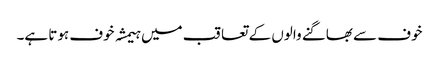
خوف سے بھاگنے والوں کے تعاقب میں ہیمشہ خوف ہوتا ہے۔